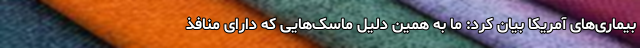
بیماری‌های آمریکا بیان کرد: ما به همین دلیل ماسک‌هایی که دارای منافذ